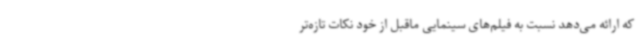
که ارائه می‌دهد نسبت به فیلم‌های سینمایی ماقبل از خود نکات تازه‌تر